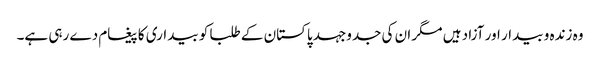
وہ زندہ و بیدار اور آزاد ہیں مگر ان کی جدوجہد پاکستان کے طلبا کو بیداری کا پیغام دے رہی ہے۔